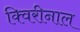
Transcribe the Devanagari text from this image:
क्विरीनाल